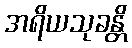
အရိယသုခန္တိ